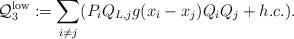
LaTeX: \begin{align*}\mathcal Q^{\rm{low}}_3 := \sum_{i \neq j} (P_i Q_{L,j} g(x_i - x_j)Q_i Q_j + h.c.).\end{align*}